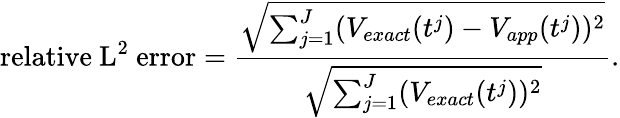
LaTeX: \mathrm{relative~L^{2}~error}=\frac{\sqrt{\sum_{j=1}^{J}(V_{exact}(t^{j})-V_{app}(t^{j}))^{2}}}{\sqrt{\sum_{j=1}^{J}(V_{exact}(t^{j}))^{2}}}.